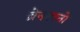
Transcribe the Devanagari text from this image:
ब्रेनटानो